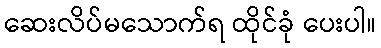
ဆေးလိပ်မသောက်ရ ထိုင်ခုံ ပေးပါ။